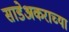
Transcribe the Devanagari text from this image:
साडेअकराच्या